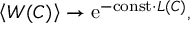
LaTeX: \left< W ( C ) \right> \to \mathrm { e } ^ { - \mathrm { c o n s t } \cdot L ( C ) } ,